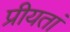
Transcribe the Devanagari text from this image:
प्रीयतां